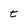
Character: t